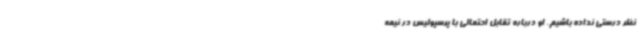
نظر درستی نداده باشیم. او درباره تقابل احتمالی با پرسپولیس در نیمه